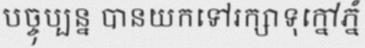
បច្ចុប្បន្ន បានយកទៅរក្សាទុក្នៅភ្នំ